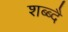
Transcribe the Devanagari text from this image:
शब्ब्दै